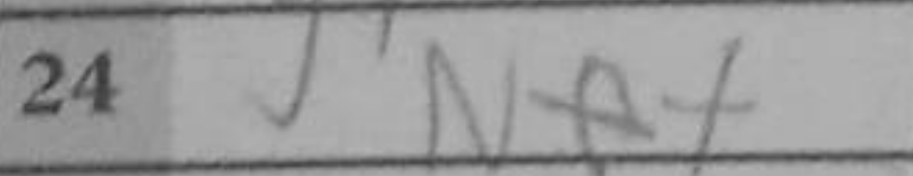
Transcription: Ne+